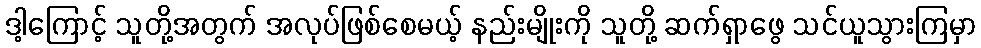
ဒါ့ကြောင့် သူတို့အတွက် အလုပ်ဖြစ်စေမယ့် နည်းမျိုးကို သူတို့ ဆက်ရှာဖွေ သင်ယူသွားကြမှာ